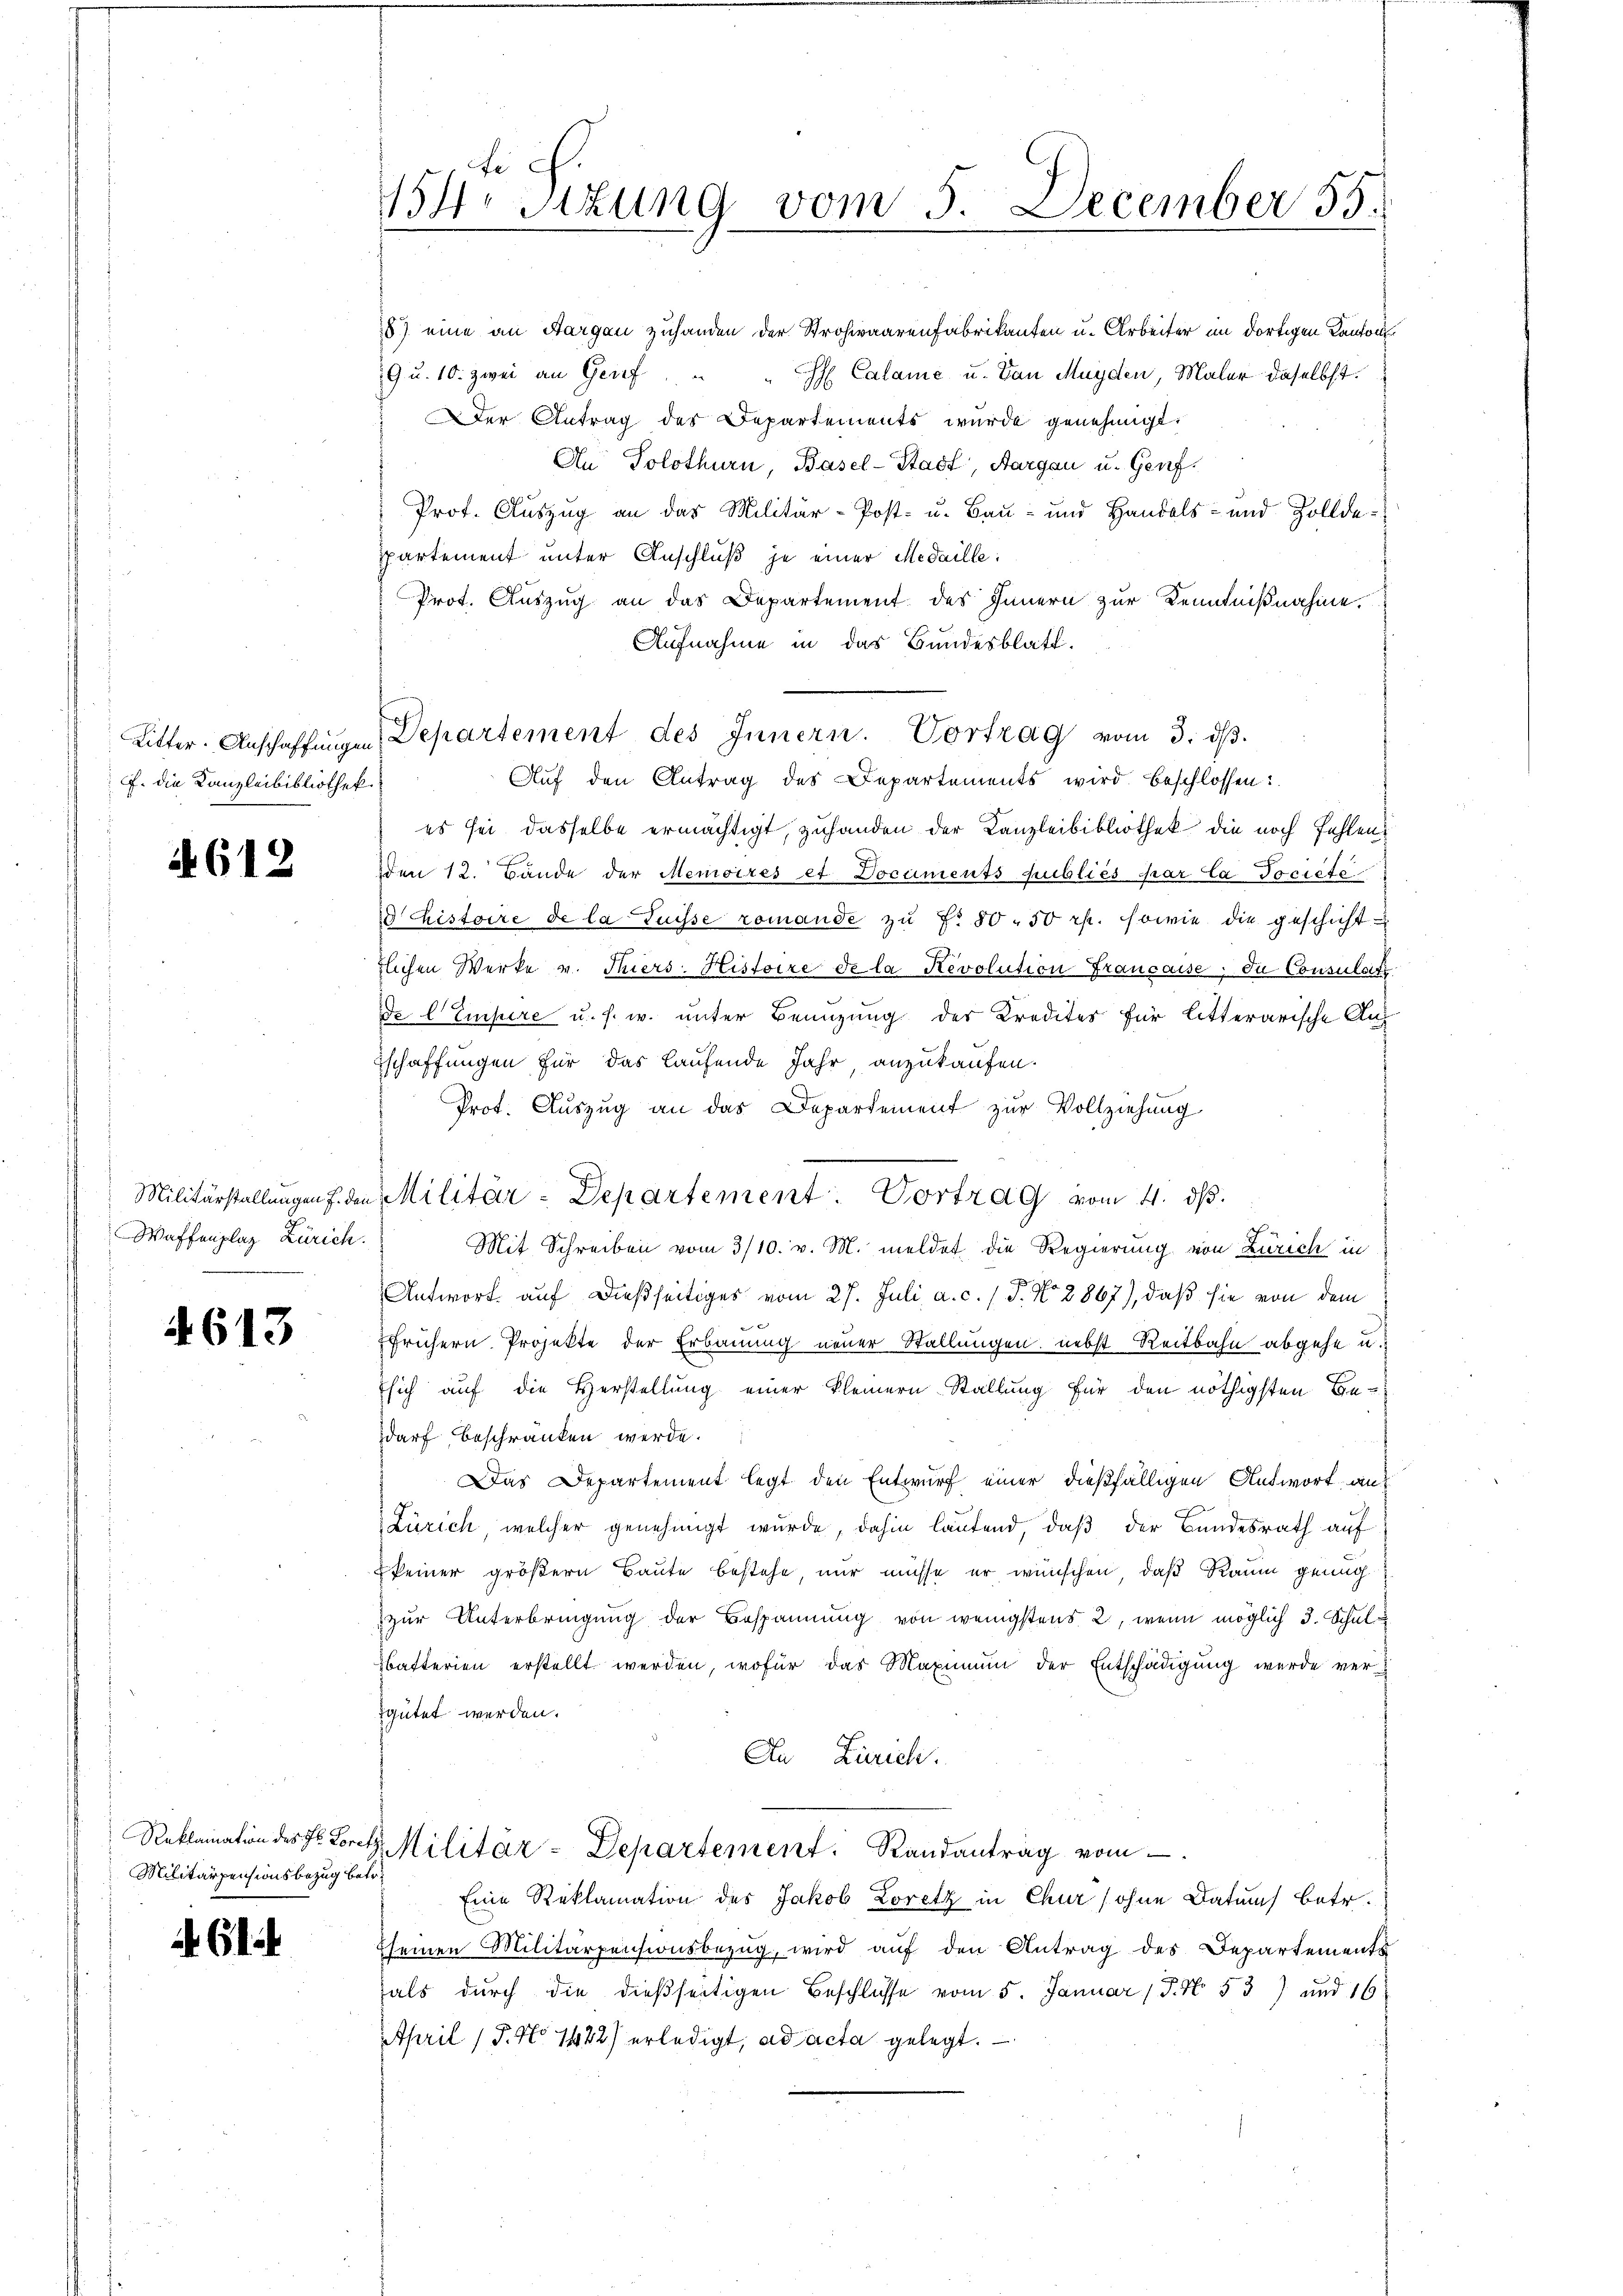
f. die Kanzleibibliothek.

4612

Waffenplaz Zürich.

613

Militärpensionsbezug betr.

G1.

e
14 sizung vom 5. December 55.

8) eine an Sargau zuhanden der Strohwaarenfabrikanten u. Arbeiter im dortigen Kantons¬
9 u. 10. zwei an Genf " " Calame u. Von Mayden, Maler daselbst.
Der Antrag des Departements wurde genehmigt.
An Solothurn, Basel-Stadt, Aargau u. Genf.
Prot. Auszug an das Militär-Post- u. Bau- und Handels- und Zolldeppartement unter Anschluß je einer Medaille:
Prot. Auszug an das Departement des Innern zur Kenntnißnahme.
Aufnahme in das Bundesblatt.
Ritter. Anschaffŭngen Departement des Innern. Vortrag vom 3. dβ.
Auf den Antrag des Departements wird beschlossen:
es sei dasselbe ermächtigt, zuhanden der Kanzleibibliothek die noch fehlen.
den 12. Bände der Memoires et Documents publiés par la Societe
d histoire de la Suisse romande zu No 80 - 50 rp. sowie die geschicht
flichen Werke u. Thiers-Histoire de la Revolution Française, die Consulat
de l'Empere u. s. w. unter Benuzung der Kredites für litterarische Auf
schaffungen für das laufende Jahr anzukaufen.
Prot. Auszug an das Departement zur Vollziehung
Militärstellungen f. den Militär-Departement. Vortrag vom 4. ds.
Mit Schreiben vom 3/10. v. M. meldet die Regierung von Zürich in
Antwort auf dießseitiges vom 27. Juli a. c. 1 P. No. 2867), daß sie von dem
frühern Projekte der Erbauung neuer Stallungen nebst Reitbahn abgehe u.
Esich auf die Herstellung einer kleinern Stallung für den nöthigsten Bedarf beschränken werde.
Das Departement legt den Entwurf einer dießfälligen Antwort auf
Zürich, welcher genehmigt wurde, dahin lautend, daß der Bundesrath auf
keiner größern Baute bestehe, nur müsse er wünschen, daß Raum genug
zur Unterbringung der Bespannung von wenigstens 2, wenn möglich 3. Schuld
Basterien erstellt werden, wofür das Maximum der Entschädigung wurde versgütet werden.
An Zürich.
Reklamation des Fr. Loret. Militär-Departement. Randantrag vom
Eine Reklamation des Jakob Loretz in Chur (ohne Datums betr.
seinen Militärpensionsbezug, wird auf den Antrag des Departements
fals durch die dießseitigen Beschlüsse vom 5. Januar 17. No 53) und 16
April (T. No 1422) erledigt, ad acta gelegt.